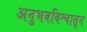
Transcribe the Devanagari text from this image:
अनुभवविश्वातून